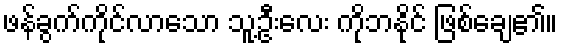
ဖန်ခွက်ကိုင်လာသော သူ့ဦးလေး ကိုဘနိုင် ဖြစ်ချေ၏။